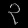
Digit: ၃